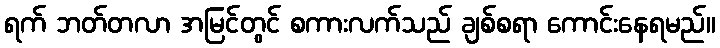
ရက် ဘတ်တလာ အမြင်တွင် စကားလက်သည် ချစ်စရာ ကောင်းနေရမည်။